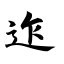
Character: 迮